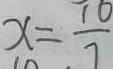
x = \frac { 1 0 } { 7 }